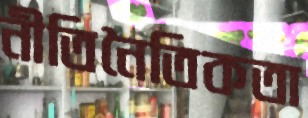
নীতিনৈতিকতা